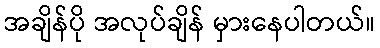
အချိန်ပို အလုပ်ချိန် မှားနေပါတယ်။